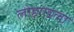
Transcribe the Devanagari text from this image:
लोहगडला